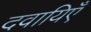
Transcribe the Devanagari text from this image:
दवायिएँ